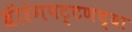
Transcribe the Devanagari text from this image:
श्रीरंगपट्टणच्या